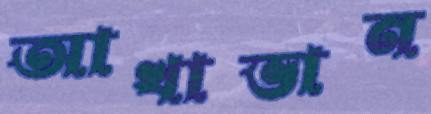
আখাভান